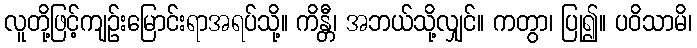
လူတို့ဖြင့်ကျဉ်းမြောင်းရာအရပ်သို့။ ကိန္တီ၊ အဘယ်သို့လျှင်။ ကတွာ၊ ပြု၍။ ပဝိသာမိ၊